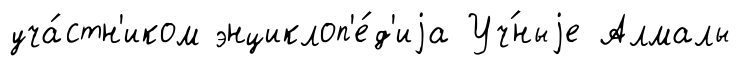
уча́стн'иком энциклоп'е́д'иjа Уч́ныjе Алмалы